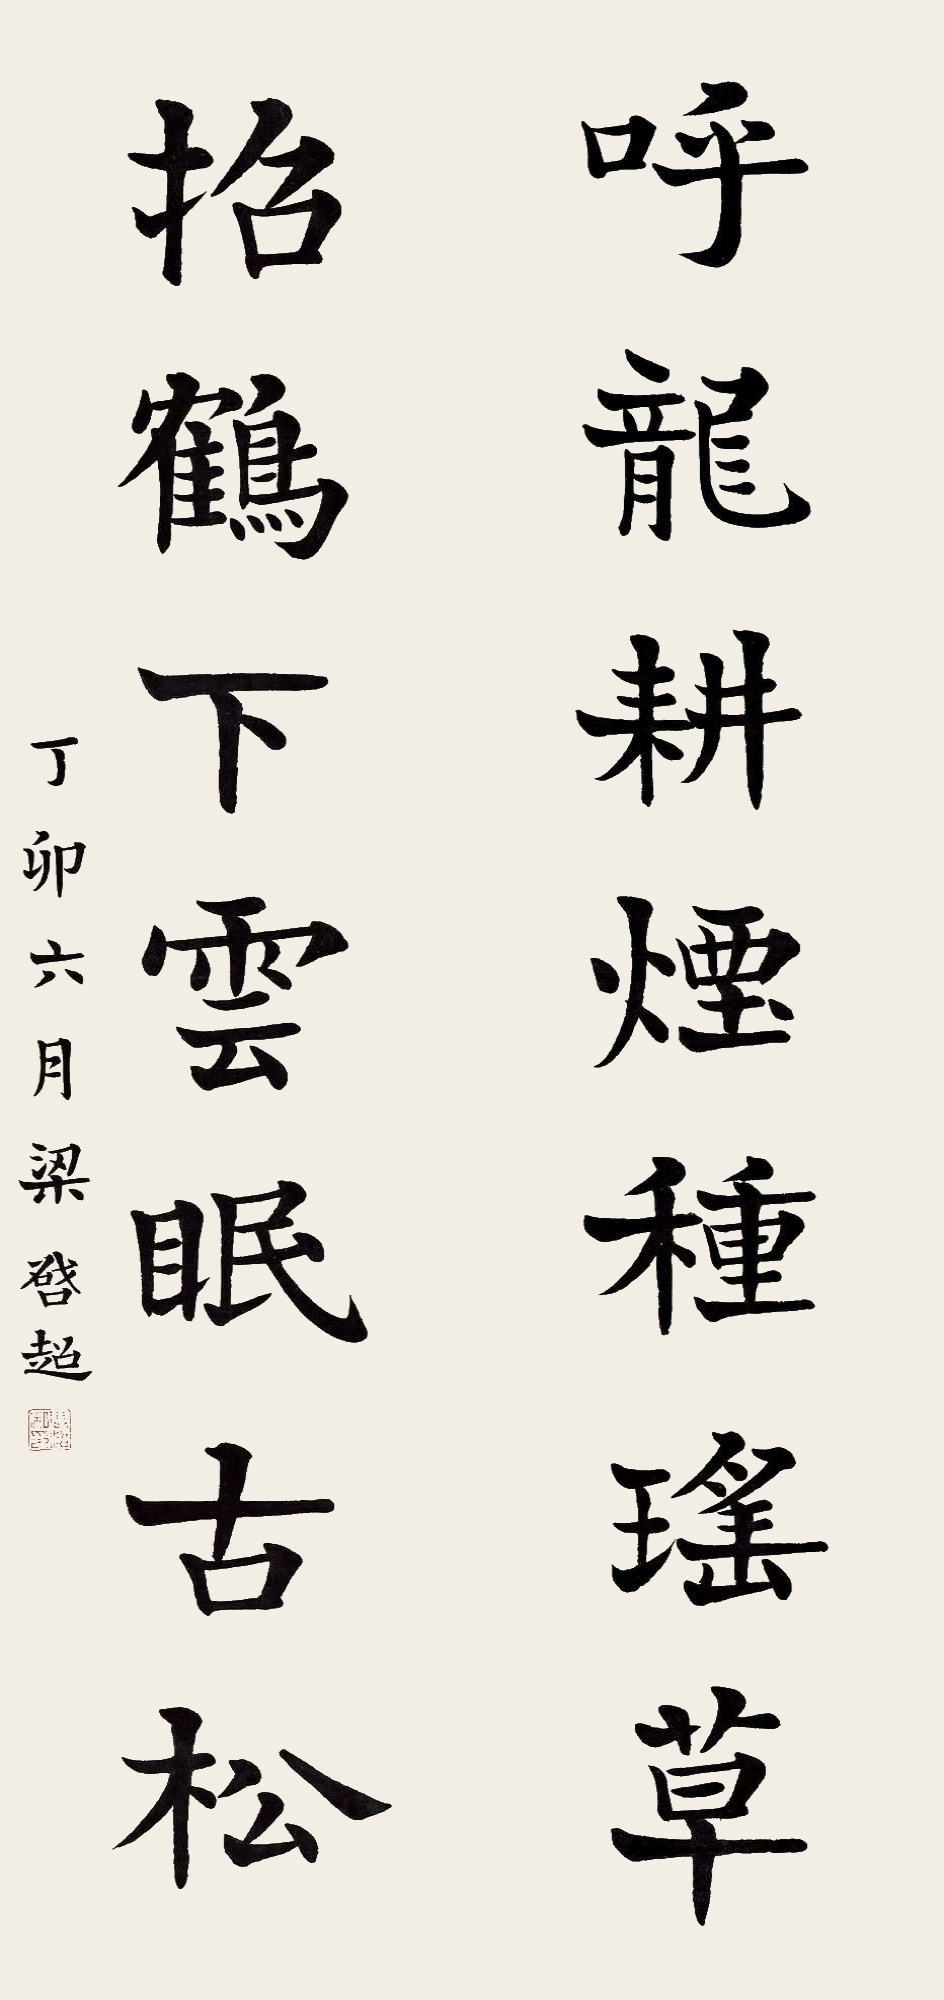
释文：呼龙耕烟种瑶草，招鹤下云眠古松。丁卯六月，梁启超。